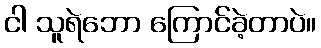
ငါ သူရဲဘော ကြောင်ခဲ့တာပဲ။